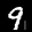
Label: 9